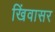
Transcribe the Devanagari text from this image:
खिंवासर